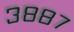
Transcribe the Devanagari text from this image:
३८८७